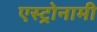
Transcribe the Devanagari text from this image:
एस्ट्रोनामी